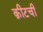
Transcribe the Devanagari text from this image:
क्रीटची